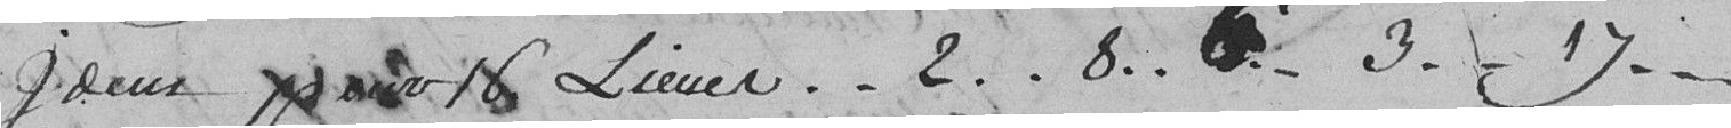
Idem pour 16 lieues....2...8..6..3..17...